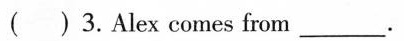
() 3.Alex comes from___.